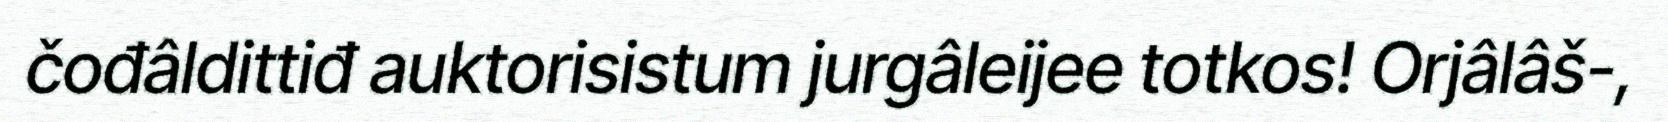
čođâldittiđ auktorisistum jurgâleijee totkos! Orjâlâš-,